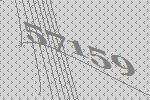
57159